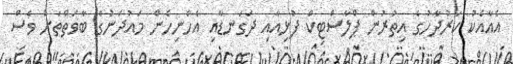
އެއާއެކު ކަރުދާހުގެ އިތުރުން ޕްލާސްޓިކް ފުޅިއާއި ދަގަނޑާއި އެހެނިހެން މައުދަނުގެ ބާވަތްތަށް ވެސް